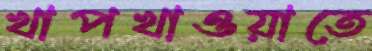
খাপখাওয়াতে